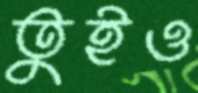
তুইও